Lunatic asylums United Provinces 1909-1921 - 1909-1921
Year: 1909
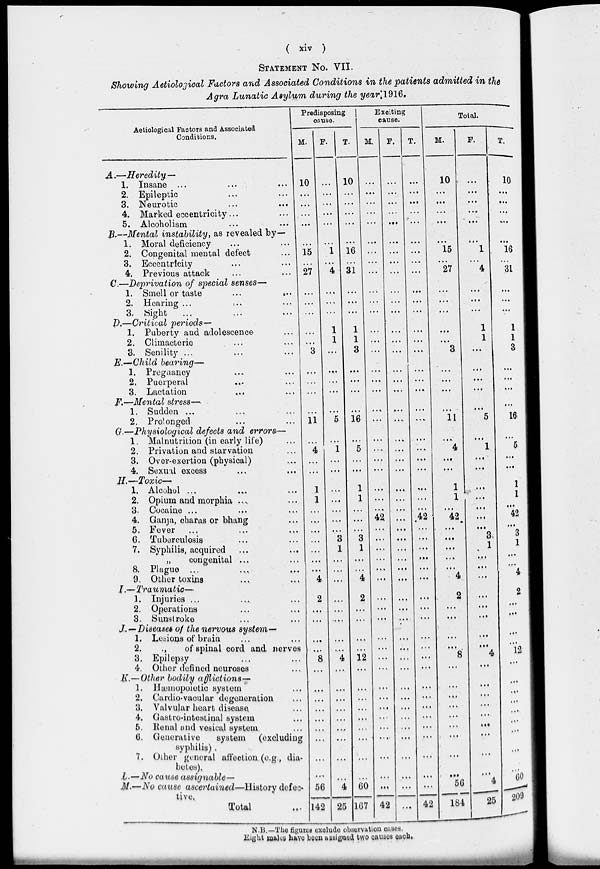
( xiv )
STATEMENT No. VII.
Showing Aetiological Factors and Associated Conditions in the patients admitted in the
Agra Lunatic Asylum during the year 1916.
Aetiological Factors and Associated
Conditions.
A.—Heredity —
1.
2.
3.
4.
5.
Insane … … …
Epileptic … …
Neurotic … …
Marked eccentricity ... …
Alcoholism … …
B.—Mental instability, as revealed by—
1.
2.
3.
4.
Moral deficiency … …
Congenital mental defect …
Eccentricity … …
Previous attack … …
C.—Deprivation of special senses—
1.
2.
3.
Smell or taste
...
...
Hearing .… … …
Sight … … …
D.—Critical periods—
1.
2.
3.
Puberty and adolescence …
Climacteric … …
Senility ... … …
E.—Child bearing—
1.
2.
3.
Pregnancy … …
Puerperal … …
Lactation … …
F.—Mental stress—
1.
2.
Sudden ... … …
Prolonged … …
G.—Physiological defects and errors—
1.
2.
3.
4.
Malnutrition (in early life) …
Privation and starvation …
Over-exertion (physical) …
Sexual excess … …
H.—Toxic—
1.
2.
3.
4.
5.
6.
7.
8.
9.
Alcohol ... … …
Opium and morphia ... …
Cocaine ... … …
Ganja, charas or bhang …
Fever … … …
Tuberculosis … …
Syphilis, acquired … …
„
congenital ... …
Plague ... … …
Other toxins … …
I.—Traumatic—
1.
2.
3.
Injuries … … …
Operations … …
Sunstroke … …
J.—Diseases of the nervous system—
1.
2.
3.
4.
Lesions of brain … …
„
of spinal cord and nerves …
Epilepsy … …
Other defined neuroses …
K.— Other bodily afflictions—
1.
2.
3.
4.
5.
6.
7.
Hæmopoietic system …
Cardio-vacular degeneration …
Valvular heart disease …
Gastro-intestinal system …
Renal and vesical system …
Generative
system
(excluding
syphilis).
Other general affection (e.g., dia-
betes).
L.—No cause assignable-
M.—No cause ascertained—History defec-
tive.
Total …
Predisposing
cause.
M.
10
...
...
…
…
…
15
...
27
…
…
…
…
…
3
…
...
…
…
11
…
4
…
…
1
1
...
…
...
...
...
...
…
4
2
…
…
…
…
8
…
…
…
…
…
…
…
…
...
56
142
F.
…
...
…
...
...
…
1
...
4
…
…
…
1
1
…
…
…
…
…
5
…
1
....
...
…
...
...
…
...
3
1
…
…
…
…
…
…
…
…
4
…
…
…
…
…
…
…
…
…
4
25
T.
10
…
…
...
...
...
16
…
31
…
…
…
1
1
3
…
…
…
…
16
…
5
...
…
1
1
…
…
...
3
1
…
…
4
2
...
…
...
...
12
…
…
…
…
…
…
…
…
…
60
167
Exciting
cause.
M.
...
…
...
...
...
…
...
…
...
…
...
…
...
...
...
...
…
...
…
...
...
…
...
...
...
...
…
42
…
...
...
...
....
…
...
...
...
...
...
...
...
...
...
.…
…
...
…
...
...
…
42
F.
…
...
...
...
…
…
…
...
...
…
...
...
...
...
...
...
...
...
…
...
…
...
...
...
…
...
...
…
…
…
...
...
…
…
...
…
…
...
...
...
...
...
…
...
…
…
...
…
...
...
…
T.
…
…
…
...
...
…
...
....
...
…
...
...
...
...
...
...
...
…
...
…
...
…
…
...
…
…
...
42
...
...
...
…
...
…
…
…
...
...
…
...
…
...
…
...
...
...
...
...
...
...
42
Total.
M.
10
...
…
...
…
...
15
…
27
...
...
...
…
…
3
…
…
…
…
11
....
4
…
...
1
1
...
42
…
…
…
…
…
4
2
...
...
...
…
8
...
…
...
...
…
…
...
...
…
56
184
F.
…
...
...
…
…
…
1
...
4
...
...
…
1
1
...
...
...
…
…
5
…
1
…
…
…
…
…
…
…
3
1
…
…
…
…
…
…
…
…
4
…
…
…
...
…
…
…
…
…
4
25
T.
10
...
…
…
…
…
16
...
31
…
...
...
1
1
3
...
…
…
...
16
...
5
…
…
1
1
…
42
…
3
1
…
...
4
2
…
…
…
…
12
…
…
…
…
…
…
…
…
…
60 209
N.B.—The figures exclude observation cases.
Eight males have been assigned two causes each.